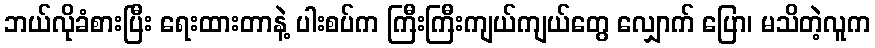
ဘယ်လိုခံစားပြီး ရေးထားတာနဲ့ ပါးစပ်က ကြီးကြီးကျယ်ကျယ်တွေ လျှောက် ပြော၊ မသိတဲ့လူက